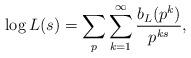
LaTeX: \begin{align*}\log L(s) = \sum_p\sum_{k=1}^\infty\frac{b_L(p^k)}{p^{ks}},\end{align*}